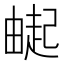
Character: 𬏌